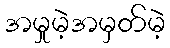
အမှုမဲ့အမှတ်မဲ့